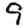
Digit: 9